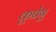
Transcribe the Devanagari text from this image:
कूप्रेषु